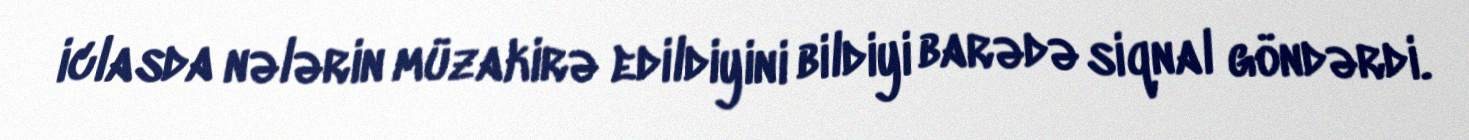
iclasda nələrin müzakirə edildiyini bildiyi barədə siqnal göndərdi.